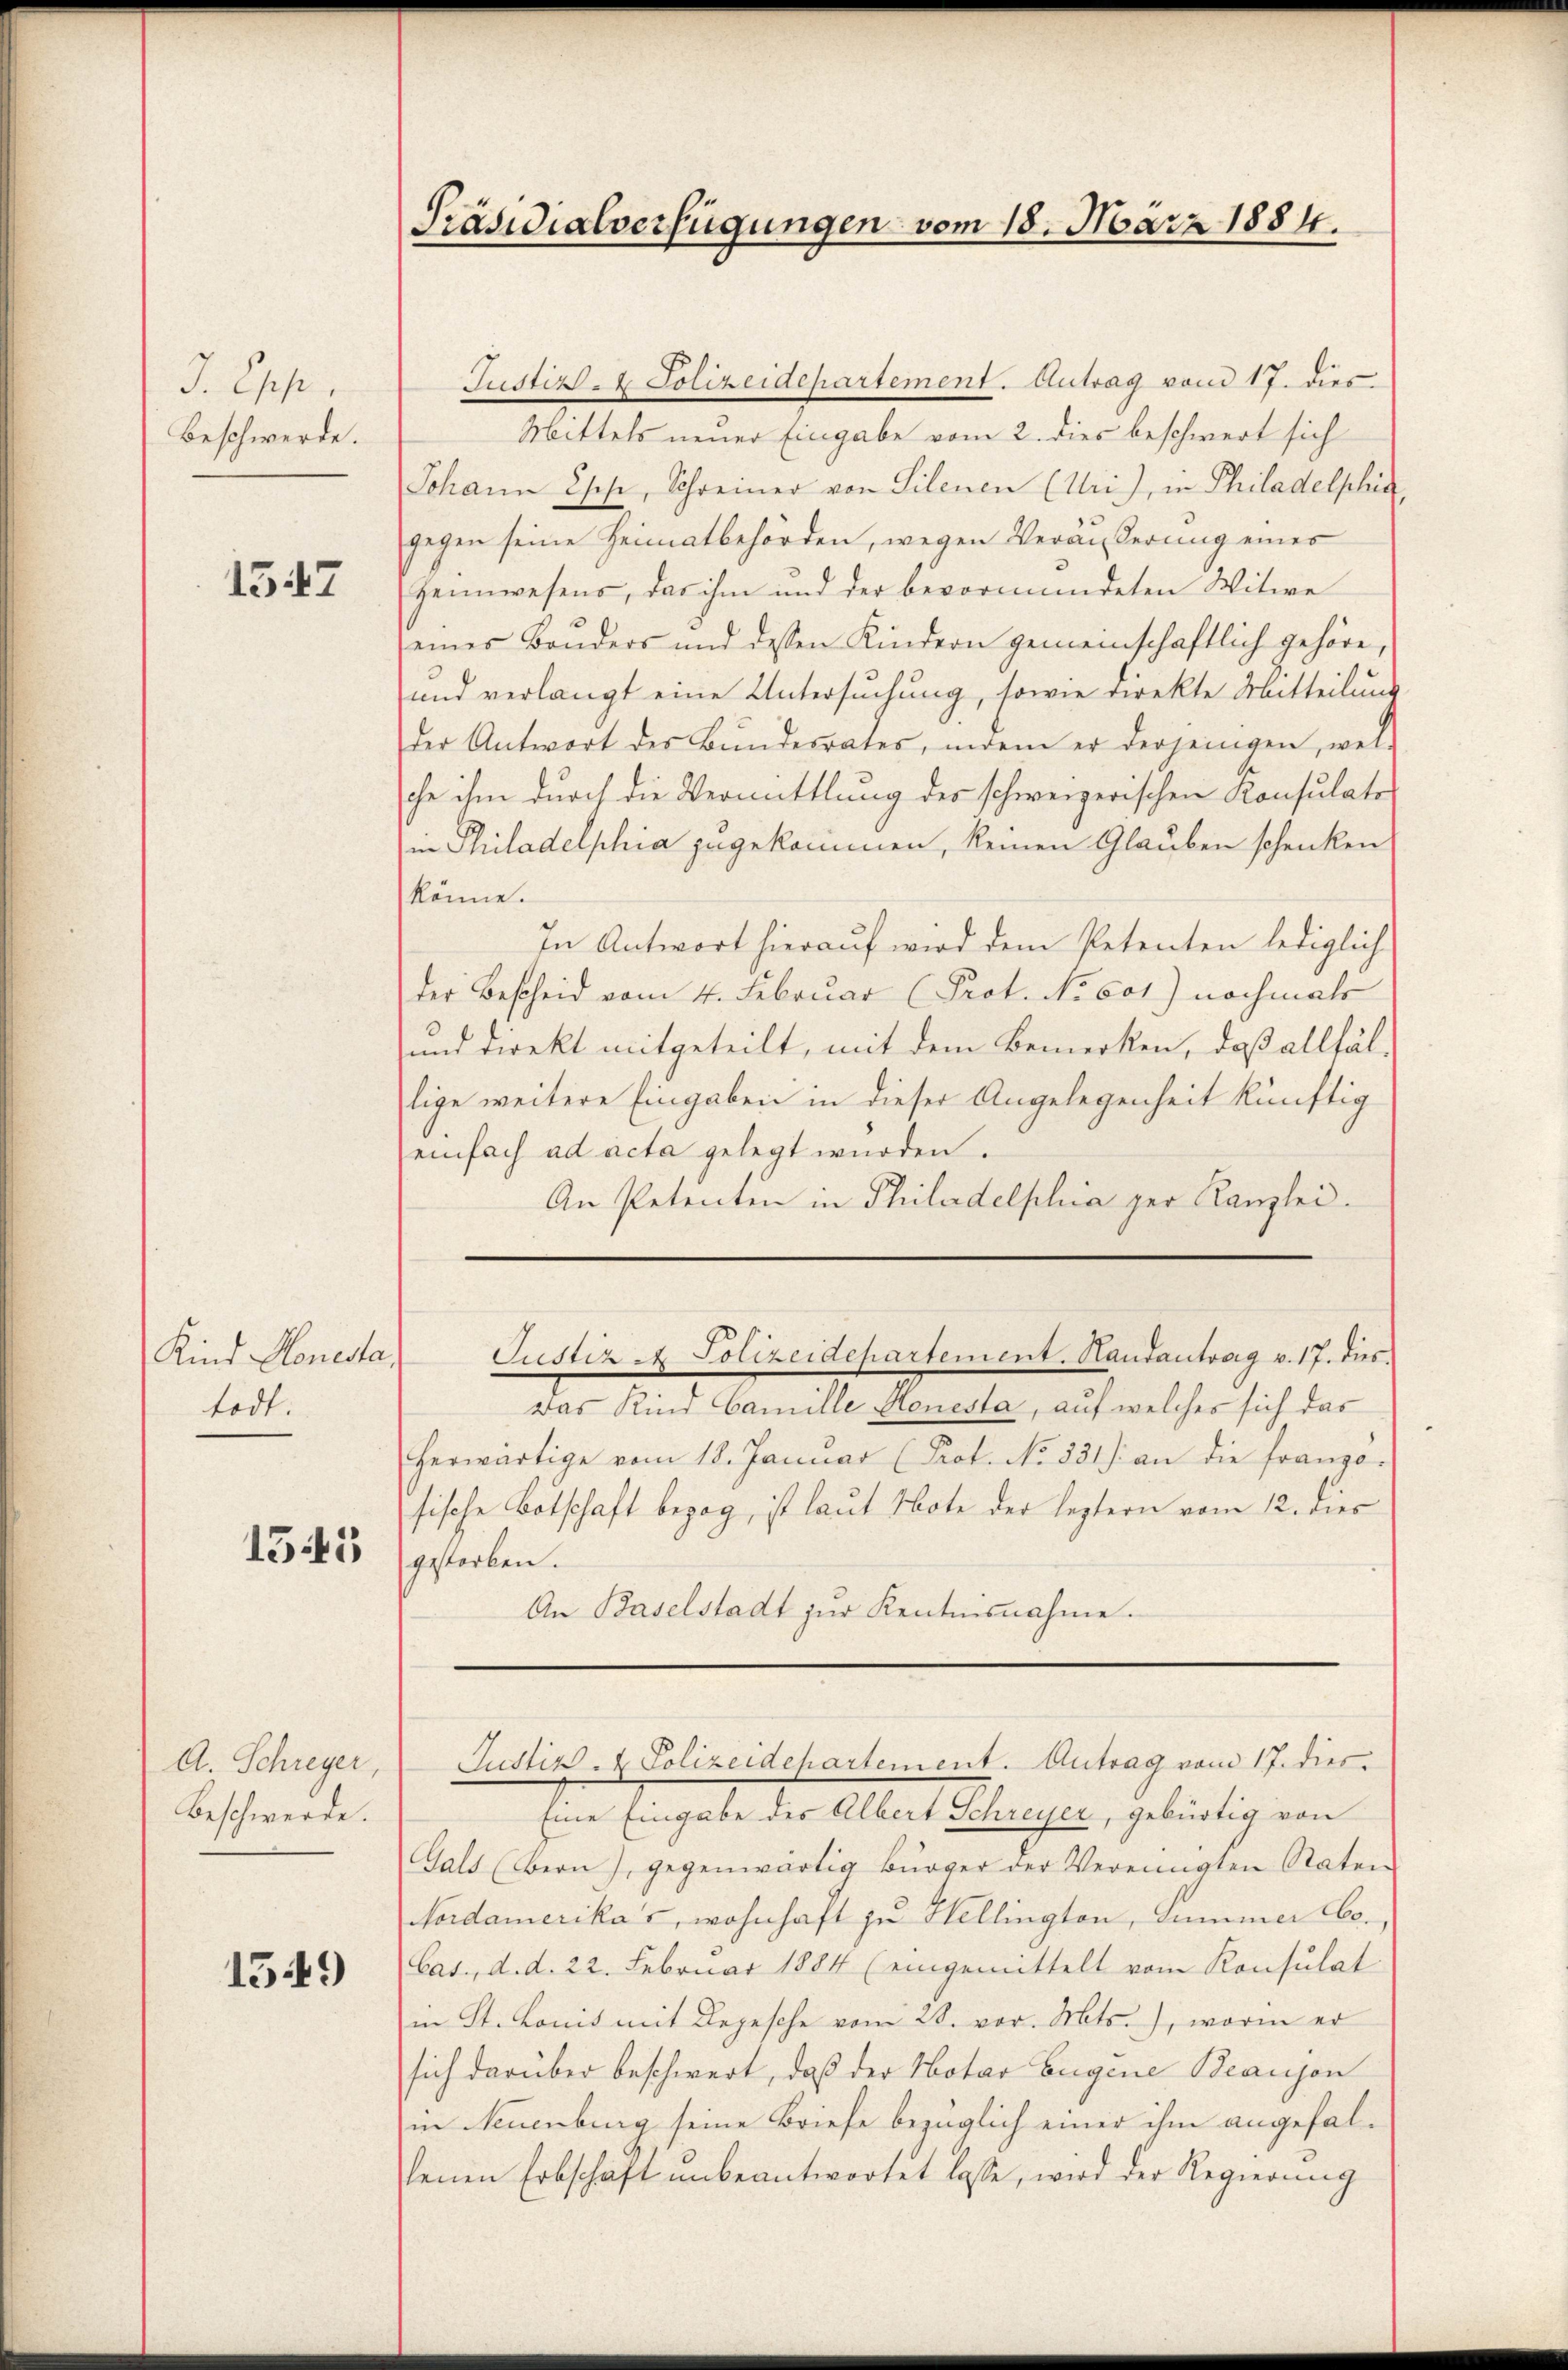
J. Epp.
Beschwerde.

1547

Kind Monesta
todt.

1545

A. Schreyer,
Beschwerde.

1549

Präsidialverfügungen vom 18. März 1884.

Justiz- & Polizeidepartement. Antrag vom 17. dies
Mittels neuer Eingabe vom 2. dies beschwert sich
Johann Oser, Schreiner von Silenen (Uri), in Philadelphia
gegen seine Heimatbehörden, wegen Veräußerung eines
Heimwesens, das ihm und der bevormundeten Witwe
eines Bruders und dessen Kindern gemeinschaftlich gehöre,
und verlangt eine Untersuchung, sowie direkte Mitteilung
der Antwort des Bŭndesrates, indem er derjenigen, wel-
che ihm durch die Vermittlung des schweizerischen Konsulats
in Philadelphia zugekommen, keinen Glauben schenken
könne.
In Antwort hierauf wird dem Petenten lediglich
der Bescheid vom 4. Februar (Prot. No 601) nochmals
und direkt mitgeteilt, mit dem Bemerken, daß allfällige weitere Eingaben in dieser Angelegenheit künftig
einfach ad acta gelegt wurden.
An Petenten in Philadelphia der Kanzlei.
Justiz - Polizeidepartement. Handantrag v. 17. dies
Das Kind Camille Honesta, auf welches sich das
herwärtige vom 18. Januar (Prot. No 331.) an die franzo-
sische Botschaft bezog, ist laut Note der leztern vom 12. dies
gestorben.
An Baselstadt zŭr Kentnisnahme.
Justiz - Polizeidepartement. Antrag vom 17. dies
Eine Eingabe des Albert Schreyer, gebürtig von
Gals (Bern), gegenwärtig Bürger der Vereinigten Raten
Nordamerikas, wohnhaft zu Hellington, Summer bo¬
Cas., d. d. 22. Februar 1884 (eingemittelt vom Konsulat
in St. Lonis mit Depesche vom 28. vor. Mts., worin er
sich darüber beschwert, daß der Notar Eugene Beanjon
in Neuenburg seine Briefe bezüglich einer ihm angefalsenen Erbschaft ŭnbeantwortet lasse, wird der Regierŭng